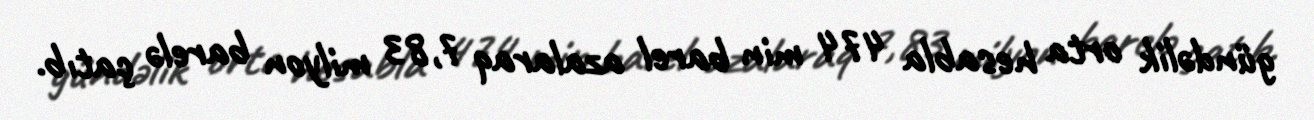
gündəlik orta hesabla 474 min barel azalaraq 7,83 milyon barelə çatıb.